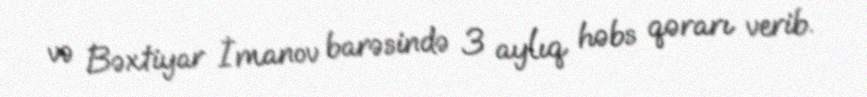
və Bəxtiyar İmanov barəsində 3 aylıq həbs qərarı verib.